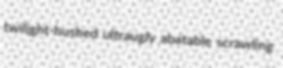
twilight-hushed ultraugly abatable scrawling